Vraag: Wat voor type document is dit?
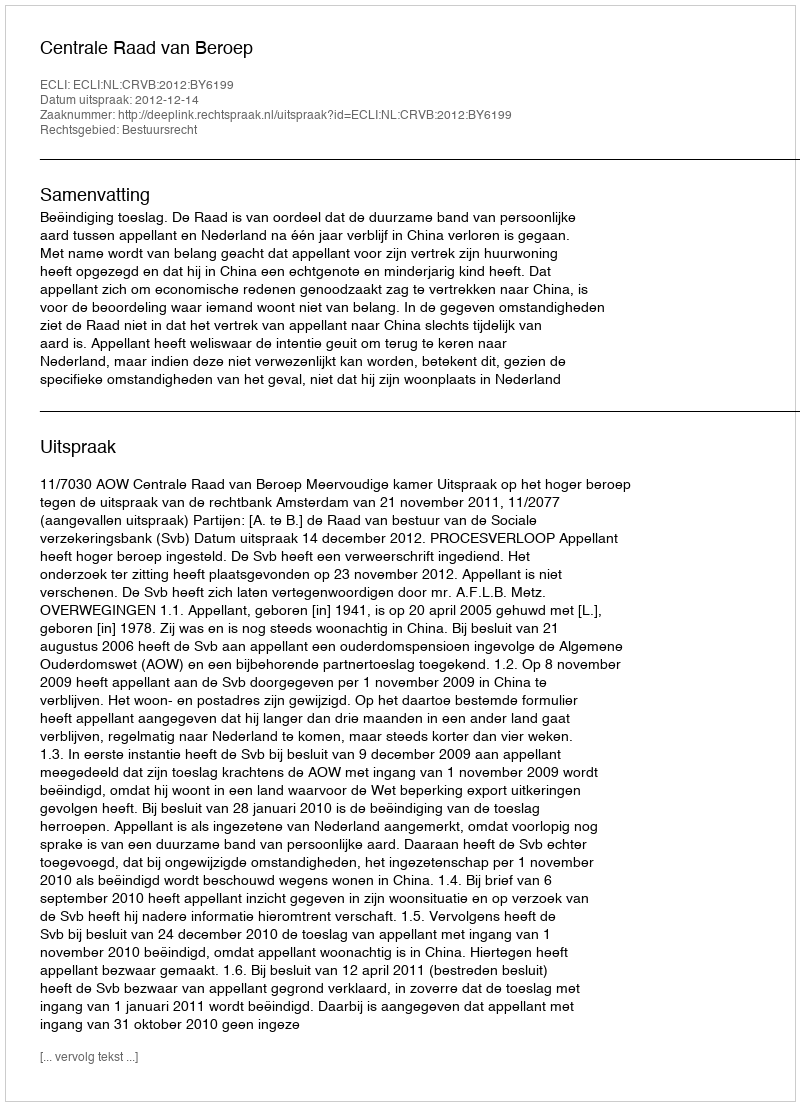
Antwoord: Uitspraak